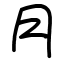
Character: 月